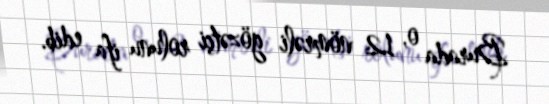
Burada o, 12 nömrəli gözətçi rolunu ifa edib.